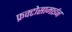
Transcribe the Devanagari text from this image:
फ्रक्टोसामाईन